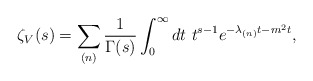
\begin{align*}\zeta_V(s)=\sum_{(n)}\frac{1}{\Gamma (s)}\int^{\infty}_0 dt\ t^{s-1} e^{-\lambda_{(n)}t-m^2t},\end{align*}